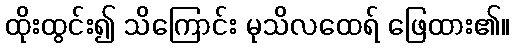
ထိုးထွင်း၍ သိကြောင်း မုသိလထေရ် ဖြေထား၏။